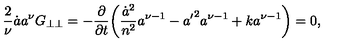
\frac { 2 } { \nu } \dot { a } a ^ { \nu } G _ { \perp \perp } = - \frac { \partial } { \partial t } \! \left( \frac { \dot { a } ^ { 2 } } { n ^ { 2 } } a ^ { \nu - 1 } - { a ^ { \prime } } ^ { 2 } a ^ { \nu - 1 } + k a ^ { \nu - 1 } \right) = 0 ,